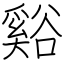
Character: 谿